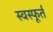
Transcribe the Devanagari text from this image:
स्वस्फूर्त